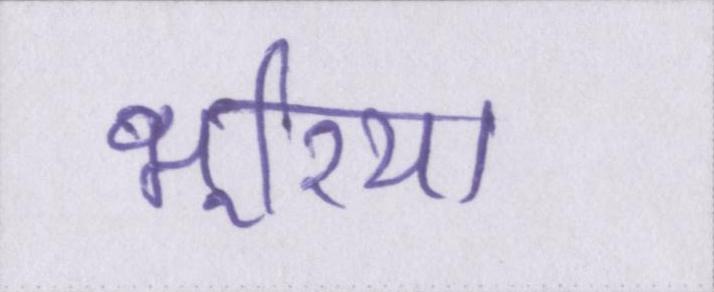
भूरिया